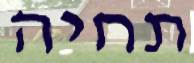
תחיה